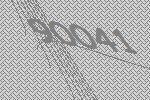
90041